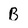
Character: B